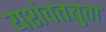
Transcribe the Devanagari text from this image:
यशंवतबुवा